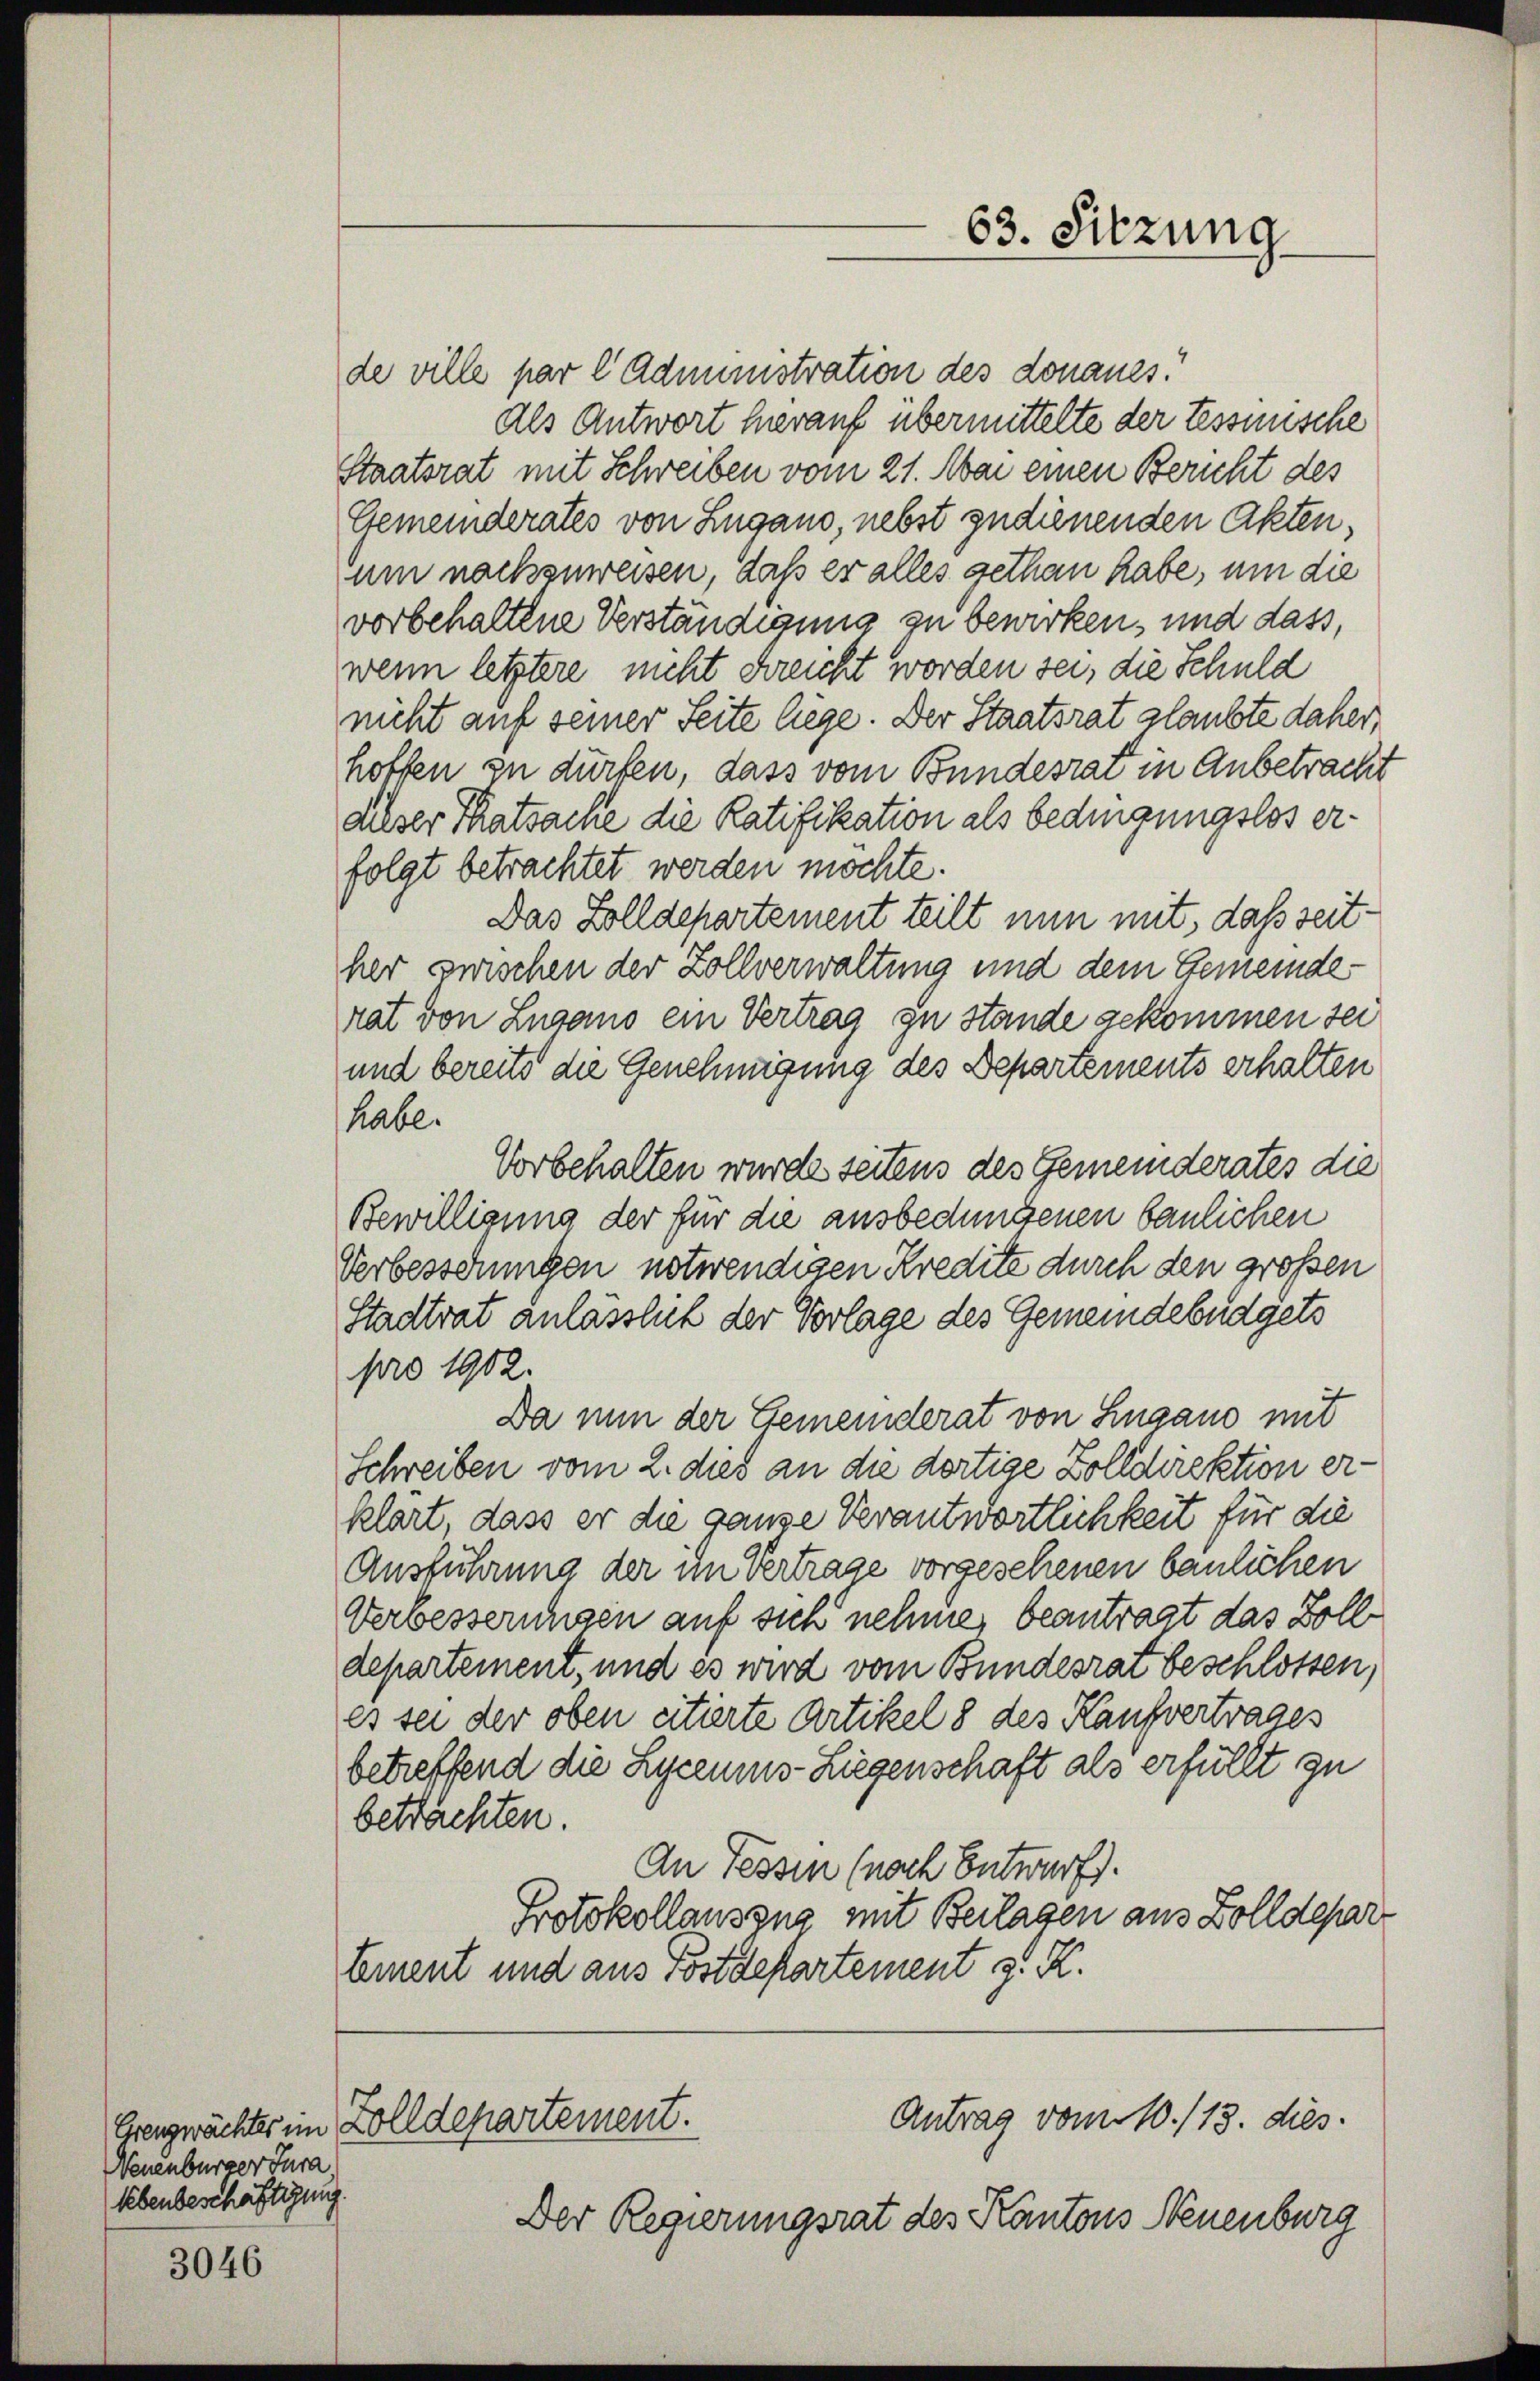
3046

Neuenburger Jura.
lebenbeschäftigung

63. Sitzung

de ville par l Administration des donanes.
Als Antwort herauf übermittelte der Tessinische
Staatsrat mit Schreiben vom 21. Mai einen Bericht des
Gemeinderates von Lugano, nebst zudienenden Akten,
um nachzuweisen, daß er alles gethan habe, um die
vorbehaltene Verständigung zu bewirken, und dass,
wenn letztere nicht kreicht worden sei, die Schuld
nicht auf seiner Seite liege. Der Staatsrat glaubte daher,
hoffen zu dürfen, dass vom Bundesrai in Anbetracht
aiser Thatsache die Ratifikation als bedingungslos erfolgt betrachtet werden möchte.
Das Zolldepartement teilt nun mit, daß seither zwischen der Zollverwaltung und dem Gemeinderat von Lugano ein Vertrag zu stände gekommen sei
und bereits die Genehmigung des Departements erhalten
habe.
Vorbehalten wurde seitens des Gemeinderates die
Bewilligung der für die ausbedungenen baulichen
Verbesserungen notwendigen Kredite durch den großen
Stadtrat anlasslich der Vorlage des Gemeindebüdgets
pro 1902.
Da nun der Gemeinderat von Lugano mit
Schreiben vom 2. dies an die dortige Zolldirektion erklärt, dass er die ganze Verantwortlichkeit für die
Ausführung der im Vertrage vorgesehenen baulichen
Verbesserungen auf sich nehme, beantragt das Boll
departement, und es wird vom Bundesrat beschlossen,
es sei der oben citierte Artikel 8 des Kaufvertrages
betreffend die Lyceums- Liegenschaft als erfüllt zu
betrachten.
An Tessin (nach Entwurf.
Protokollauszug mit Beilagen aus Zolldepar
Emment und aus Postdepartement z. K.

Antrag vom 10./13. dies
Erengwächter im Zolldepartement.
Der Regierungsrat des Kantons Neuenburg